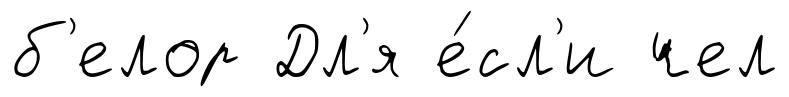
б'елор Дл'я е́сл'и чел